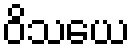
ဝိသယေ